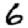
Digit: 6